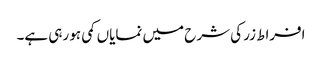
افراط زر کی شرح میں نمایاں کمی ہو رہی ہے۔